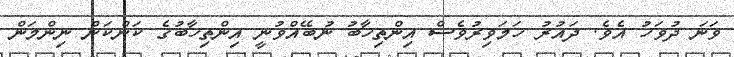
ވަނަ ދުވަހު އެވެ. ދައުރު ހަމަވިރުވެސް އިންތިހާބު ނުބޭއްވުނީ އިންތިހާބުގެ ކަންކަން ނިންމަން